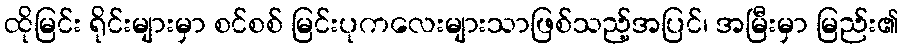
ထိုမြင်း ရိုင်းများမှာ စင်စစ် မြင်းပုကလေးများသာဖြစ်သည့်အပြင်၊ အမြီးမှာ မြည်း၏